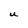
Character: U